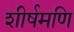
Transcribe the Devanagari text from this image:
शीर्षमणि